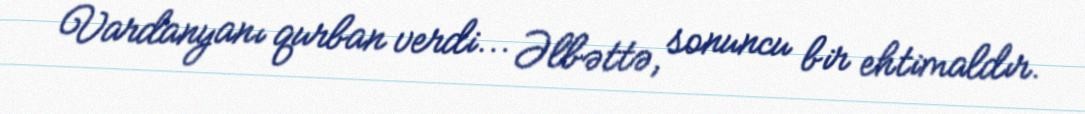
Vardanyanı qurban verdi... Əlbəttə, sonuncu bir ehtimaldır.